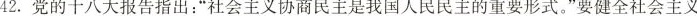
42.党的十八大报告指出：”社会主义协商民主是我国人民民主的重要形式。”要健全